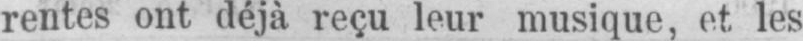
rentes ont déjà reçu leur musique, et les